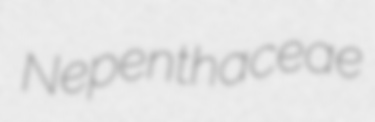
Nepenthaceae